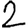
Digit: 2